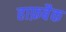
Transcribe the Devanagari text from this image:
हाफ़बैक